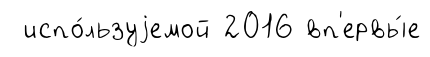
испо́льзуjемой 2016 вп'ервы́е